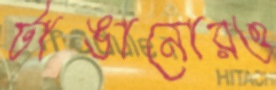
টাঙানোরও